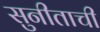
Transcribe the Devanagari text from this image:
सुनीताची